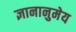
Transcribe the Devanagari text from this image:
ज्ञानानुमेय